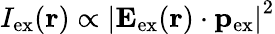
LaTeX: I_{\mathrm{ex}}(\mathbf{r})\propto\left\vert\mathbf{E}_{\mathrm{ex}}(\mathbf{r})\cdot\mathbf{p}_{\mathrm{ex}}\right\vert^{2}